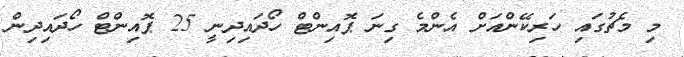
މި މެޗުގައި ހަރިކޭންއަށް އެންމެ ގިނަ ޕޮއިންޓް ހޯދައިދިނީ 25 ޕޮއިންޓް ހޯދައިދިން